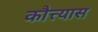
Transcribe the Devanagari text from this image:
कौत्त्यास